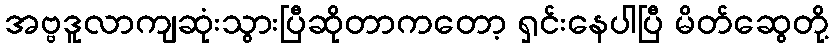
အဗ္ဗဒူလာကျဆုံးသွားပြီဆိုတာကတော့ ရှင်းနေပါပြီ မိတ်ဆွေတို့